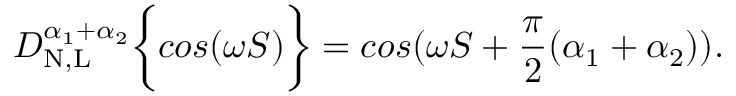
D _ { \mathrm { N , L } } ^ { \alpha _ { 1 } + \alpha _ { 2 } } \bigg \{ { c o s ( \omega S ) \bigg \} } = c o s ( \omega S + \frac { \pi } { 2 } ( \alpha _ { 1 } + \alpha _ { 2 } ) ) .